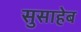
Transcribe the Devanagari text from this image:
सुसाहेब